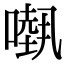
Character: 𠾁